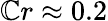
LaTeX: \mathbb{C}r\approx0.2